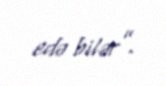
edə bilər”.